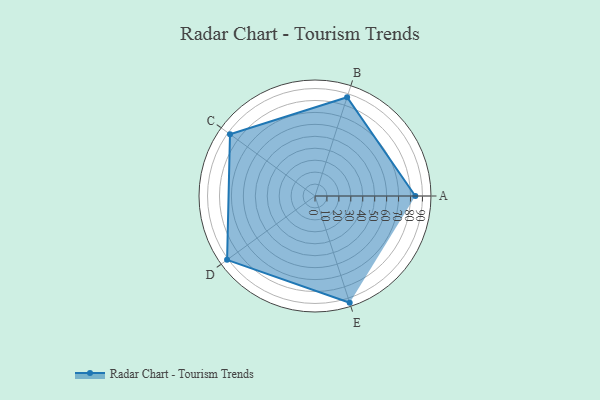
{"axis": {"x": "Skill", "y": "Score"}, "legend": ["Profile"], "data": [{"x": "A", "y": 84.0, "type": "Profile"}, {"x": "B", "y": 87.0, "type": "Profile"}, {"x": "C", "y": 88.0, "type": "Profile"}, {"x": "D", "y": 91.0, "type": "Profile"}, {"x": "E", "y": 94.0, "type": "Profile"}]}